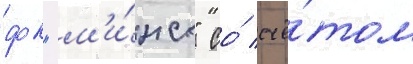
фк "м'и́нск" со́ счё́том